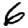
Digit: 6